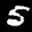
Label: 5